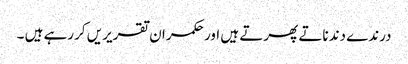
درندے دندناتے پھرتے ہیں اور حکمران تقریریں کررہے ہیں ۔